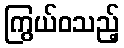
ကြွယ်ဝသည့်